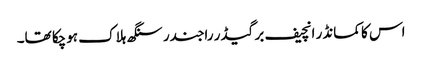
اس کا کمانڈر انچیف برگیڈر راجندر سنگھ ہلاک ہوچکا تھا۔